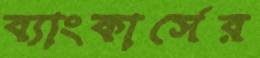
ব্যাংকার্সের